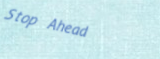
Stop Ahead